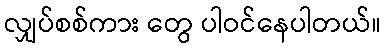
လျှပ်စစ်ကား တွေ ပါဝင်နေပါတယ်။